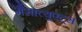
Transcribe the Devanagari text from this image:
मैसाच्युएट्स